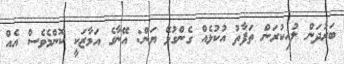
ބަރުދަން ލުއިކުރަން ތަފާތު އުކުޅެއް ގެންގުޅޭ ޔަން: އޭނާގެ އަމާޒަކީ ކޮންމެވެސް އެއް